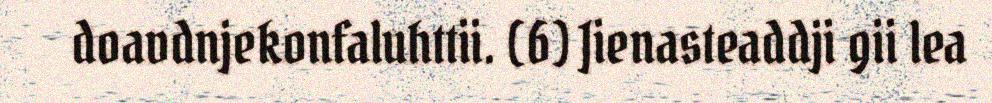
doavdnjekonfaluhttii. (6) Jienasteaddji gii lea